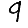
Digit: 9